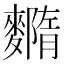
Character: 𪍳